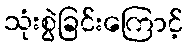
သုံးစွဲခြင်းကြောင့်